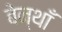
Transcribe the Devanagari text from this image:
बेन्थाँ